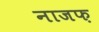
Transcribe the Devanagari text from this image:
नाजफ़